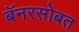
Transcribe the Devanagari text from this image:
बॅनरसोबत